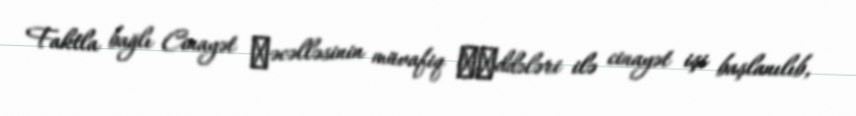
Faktla bağlı Cinayət Мəcəlləsinin müvafiq маddələri ilə cinayət işi başlanılıb,